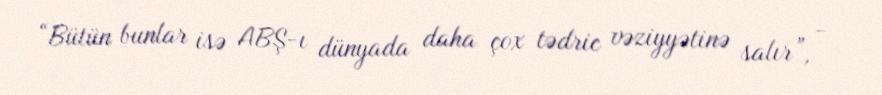
“Bütün bunlar isə ABŞ-ı dünyada daha çox tədric vəziyyətinə salır”, -